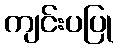
ကျင်းပပြု